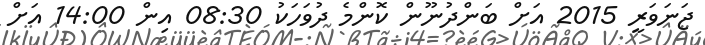
ޖަނަވަރީ 2015 އަށް ބަންދުނޫން ކޮންމެ ދުވަހަކު 08:30 އިން 14:00 އަށް